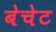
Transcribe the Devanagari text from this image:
बेचेट